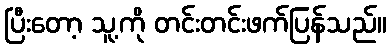
ပြီးတော့ သူ့ကို တင်းတင်းဖက်ပြန်သည်။